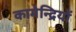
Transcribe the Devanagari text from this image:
कामेन्द्रियों